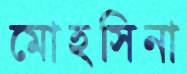
মোহসিনা